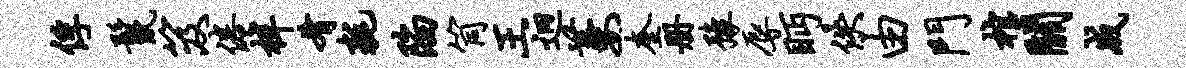
俘鬣笈倦梓肴耗陷筒王迥萋奎册豫辱眄佚由门棺关成